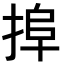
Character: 𢮒